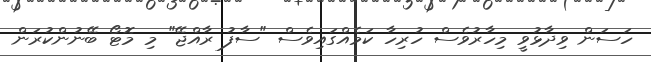
ހަސަން ވިދާޅުވީ މިހާރުވެސް ހުރިހާ ކަމެއްގައިވެސް "ސާފު ރާއްޖޭ" މި މޮޓޯ ބޭނުންކުރަން